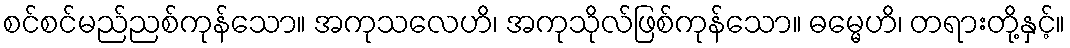
စင်စင်မည်ညစ်ကုန်သော။ အကုသလေဟိ၊ အကုသိုလ်ဖြစ်ကုန်သော။ ဓမ္မေဟိ၊ တရားတို့နှင့်။